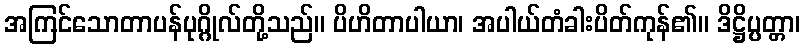
အကြင်သောတာပန်ပုဂ္ဂိုလ်တို့သည်။ ပိဟိတာပါယာ၊ အပါယ်တံခါးပိတ်ကုန်၏။ ဒိဋ္ဌိပ္ပတ္တာ၊